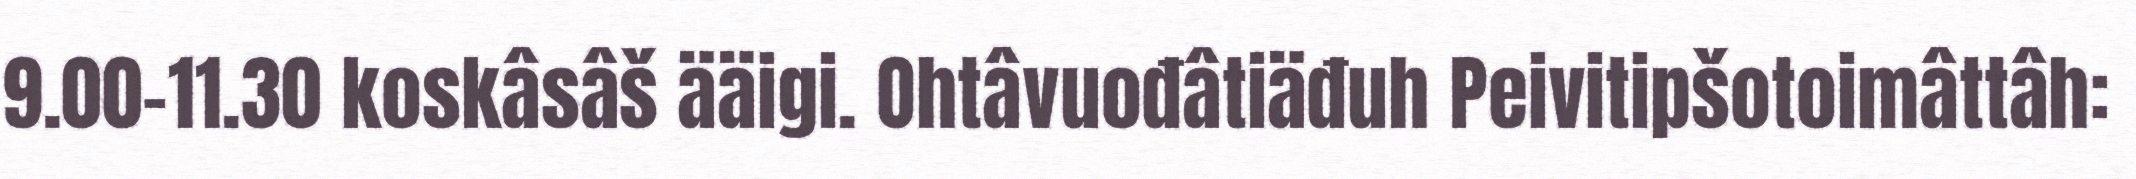
9.00-11.30 koskâsâš ääigi. Ohtâvuođâtiäđuh Peivitipšotoimâttâh: